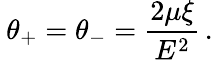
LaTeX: \: \theta_{+}=\theta_{-}=\frac{2\mu\xi}{E^{2}}\, .\: